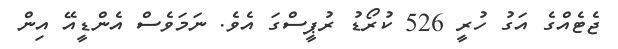
ޖެޓެއްގެ އަގު ހުރީ 526 ކުރޯޑު ރުޕީސްގަ އެވެ. ނަމަވެސް އެންޑީއޭ އިން